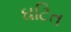
ઘટિત